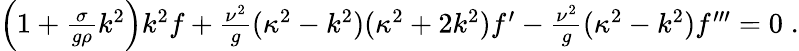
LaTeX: \begin{array}{r}{\left(1+\frac{\sigma}{g\rho}k^{2}\right)k^{2}f+\frac{\nu^{2}}{g}(\kappa^{2}-k^{2})(\kappa^{2}+2k^{2})f^{\prime}-\frac{\nu^{2}}{g}(\kappa^{2}-k^{2})f^{\prime\prime\prime}=0\; .}\end{array}